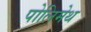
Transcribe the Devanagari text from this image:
पोलिमेथ